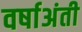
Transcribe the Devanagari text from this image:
वर्षाअंती